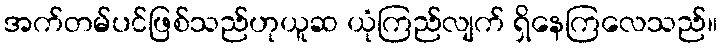
အက်တမ်ပင်ဖြစ်သည်ဟုယူဆ ယုံကြည်လျက် ရှိနေကြလေသည်။